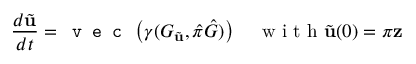
\frac { d \tilde { \mathbf { u } } } { d t } = \texttt { v e c } \left( \gamma ( G _ { \tilde { \mathbf { u } } } , \hat { \pi } \hat { G } ) \right) \quad \mathrm { ~ w ~ i ~ t ~ h ~ } \tilde { \mathbf { u } } ( 0 ) = \pi \mathbf { z }